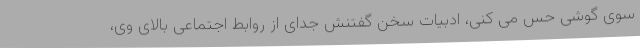
سوی گوشی حس می کنی، ادبیات سخن گفتنش جدای از روابط اجتماعی بالای وی،